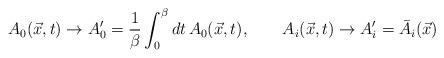
LaTeX: \begin{align*}A_{0}(\vec{x},t)\rightarrow A'_{0}= {1\over \beta} \int_{0}^{\beta}dt\,A_{0}(\vec{x},t),\qquad A_{i}(\vec{x},t)\rightarrow A'_{i} = \bar{A}_{i}(\vec{x})\end{align*}